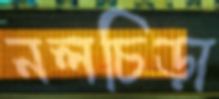
নলচিড়া